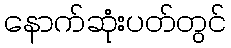
နောက်ဆုံးပတ်တွင်